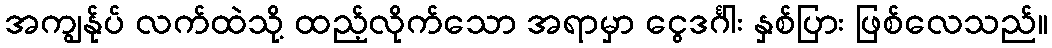
အကျွန်ုပ် လက်ထဲသို့ ထည့်လိုက်သော အရာမှာ ငွေဒင်္ဂါး နှစ်ပြား ဖြစ်လေသည်။